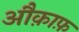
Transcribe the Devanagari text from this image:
औक़ाफ़